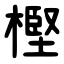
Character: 樫